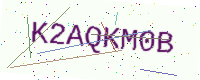
Text: K2AQKM0B